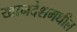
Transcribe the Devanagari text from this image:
खानदेशमधील